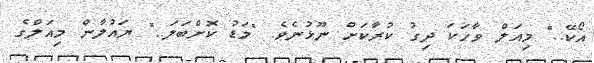
އޯކޭ.." މިއަލް ވާހަކަ ދިގު ކުރާކަށް ނޫޅުނެވެ. "މަޑު ކޮށްބަލަ.." ޔައުލާން މިއަލްގެ